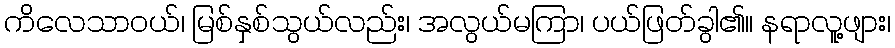
ကိလေသာဝယ်၊ မြစ်နှစ်သွယ်လည်း၊ အလွယ်မကြာ၊ ပယ်ဖြတ်ခွါ၏၊၊ နရာလူ့ဖျား၊